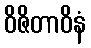
ဝိဇိတာဝိနံ